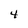
Character: 4